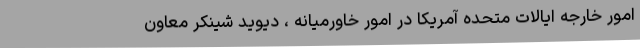
امور خارجه ایالات متحده آمریکا در امور خاورمیانه ، دیوید شینکر معاون